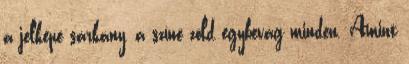
a jelképe sárkány, a színe zöld egybevág minden. Amint